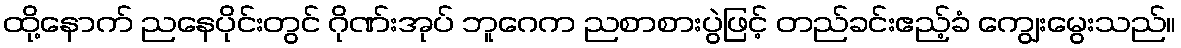
ထို့နောက် ညနေပိုင်းတွင် ဂိုဏ်းအုပ် ဘူဂေက ညစာစားပွဲဖြင့် တည်ခင်းဧည့်ခံ ကျွေးမွေးသည်။